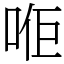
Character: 𠳔